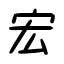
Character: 宏